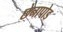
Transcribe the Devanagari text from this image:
छेनापोड